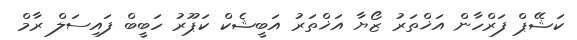
ކަޝޭޕް ފަރްހާން އަޚްތަރު ޒޯޔާ އަޚްތަރު އަބީޝެކް ކަޕޫރު ހަބީބް ފައިސަލް ރާމް